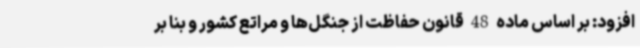
افزود: بر اساس ماده 48 قانون حفاظت از جنگل‌ها و مراتع کشور و بنا بر